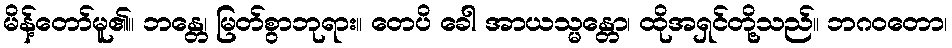
မိန့်တော်မူ၏။ ဘန္တေ၊ မြတ်စွာဘုရား။ တေပိ ခေါ အာယသ္မန္တော၊ ထိုအရှင်တို့သည်။ ဘဂဝတော၊